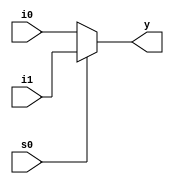
module mux_2_1_1(s0,i1,i0,y);

input s0,i0,i1;
output  y;
wire k;	


/*always@(s0,i1,i0)

	begin
		if(s0==1'b0 )
		begin
			assign k=i0;
			assign y=k;
		end

		else 
		begin
			assign k=i1;
			assign y=k;
		end
		

	end*/

assign y = s0?i1:i0 ;

initial
$monitor("y=%b",y);
endmodule